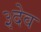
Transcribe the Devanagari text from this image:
३देव